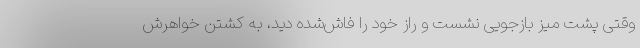
وقتی پشت میز بازجویی نشست و راز خود را فاش‌شده دید، به کشتن خواهرش